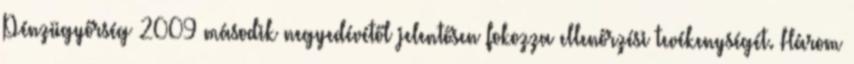
Pénzügyőrség 2009 második negyedévétől jelentősen fokozza ellenőrzési tevékenységét. Három